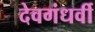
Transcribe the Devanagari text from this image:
देवगंधर्वी